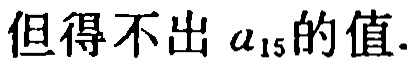
但得不出 \(a_{15}\) 的值.